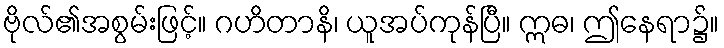
ဗိုလ်၏အစွမ်းဖြင့်။ ဂဟိတာနိ၊ ယူအပ်ကုန်ပြီ။ ဣဓ၊ ဤနေရာ၌။